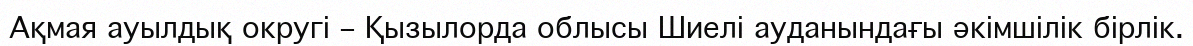
Ақмая ауылдық округі – Қызылорда облысы Шиелі ауданындағы әкімшілік бірлік.